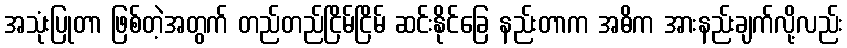
အသုံးပြုတာ ဖြစ်တဲ့အတွက် တည်တည်ငြိမ်ငြိမ် ဆင်းနိုင်ခြေ နည်းတာက အဓိက အားနည်းချက်လို့လည်း